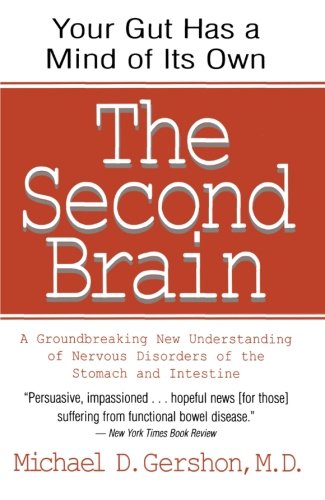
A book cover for The Second Brain: A Groundbreaking New Understanding of Nervous Disorders of the Stomach and Intestine; Michael Gershon; Health, Fitness & Dieting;